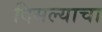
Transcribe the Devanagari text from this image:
दिसल्याचा